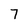
Character: 7